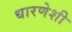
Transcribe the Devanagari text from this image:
धारणेशी